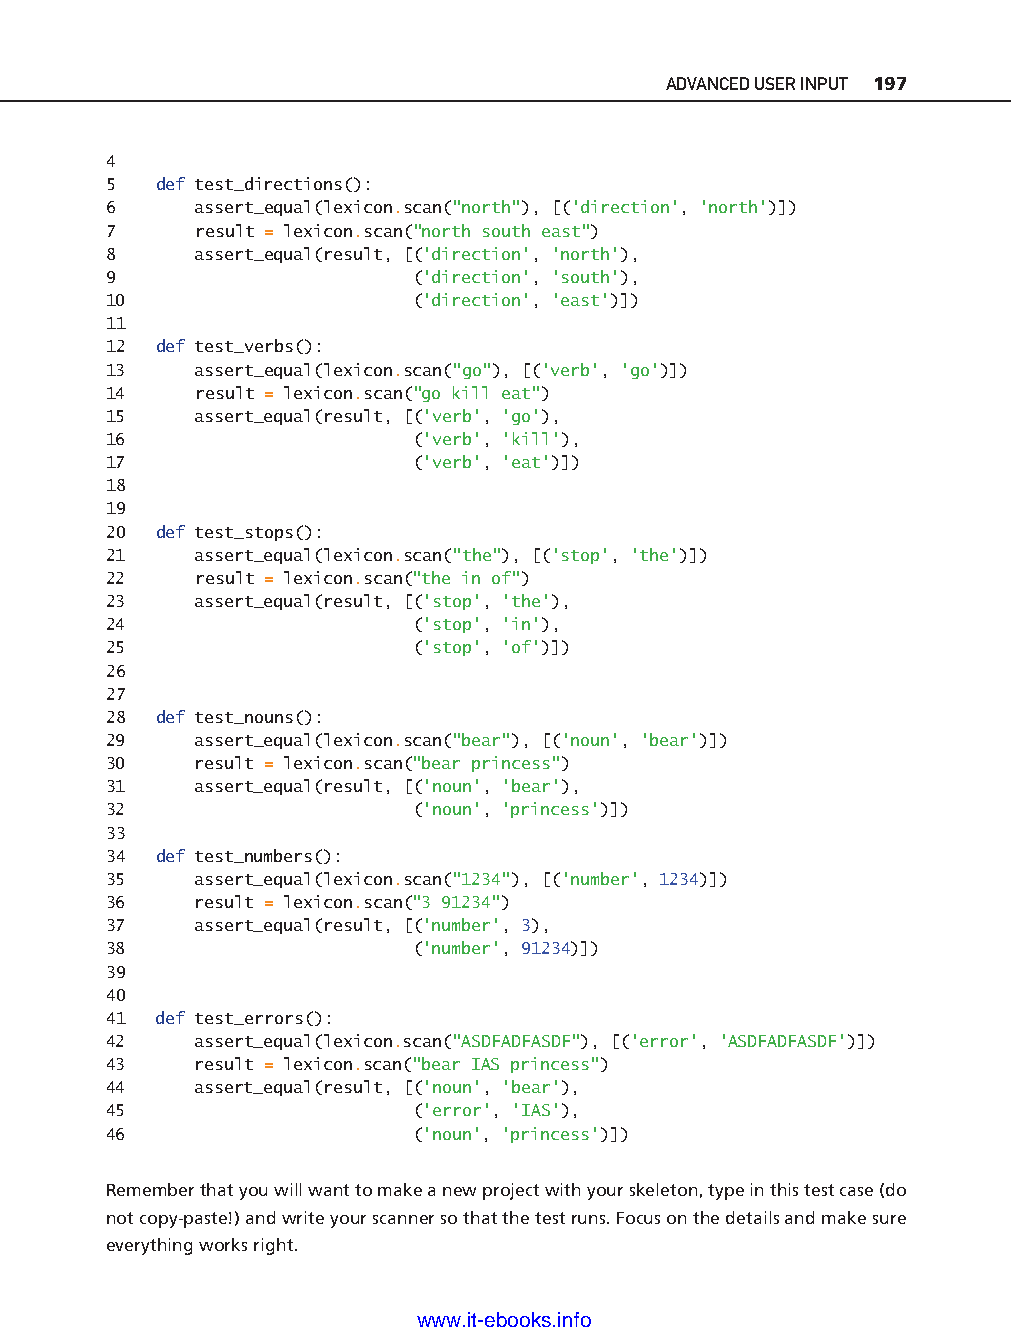
ADVANCED USER INPUT 197
 4
 5   def test_directions():
 6     assert_equal(lexicon.scan("north"), [('direction', 'north')])
 7     result = lexicon.scan("north south east")
 8     assert_equal(result, [('direction', 'north'),
 9                    ('direction', 'south'),
 10                   ('direction', 'east')])
 11
 12  def test_verbs():
 13    assert_equal(lexicon.scan("go"), [('verb', 'go')])
 14    result = lexicon.scan("go kill eat")
 15    assert_equal(result, [('verb', 'go'),
 16                   ('verb', 'kill'),
 17                   ('verb', 'eat')])
 18
 19
 20  def test_stops():
 21    assert_equal(lexicon.scan("the"), [('stop', 'the')])
 22    result = lexicon.scan("the in of")
 23    assert_equal(result, [('stop', 'the'),
 24                   ('stop', 'in'),
 25                   ('stop', 'of')])
 26
 ptg11539604
 27
 28  def test_nouns():
 29    assert_equal(lexicon.scan("bear"), [('noun', 'bear')])
 30    result = lexicon.scan("bear princess")
 31    assert_equal(result, [('noun', 'bear'),
 32                   ('noun', 'princess')])
 33
 34  def test_numbers():
 35    assert_equal(lexicon.scan("1234"), [('number', 1234)])
 36    result = lexicon.scan("3 91234")
 37    assert_equal(result, [('number', 3),
 38                   ('number', 91234)])
 39
 40
 41  def test_errors():
 42    assert_equal(lexicon.scan("ASDFADFASDF"), [('error', 'ASDFADFASDF')])
 43    result = lexicon.scan("bear IAS princess")
 44    assert_equal(result, [('noun', 'bear'),
 45                   ('error', 'IAS'),
 46                   ('noun', 'princess')])
 Remember that you will want to make a new project with your skeleton, type in this test case (do
 not copy-p aste!) and write your scanner so that the test runs. Focus on the details and make sure
 everything works right.
 www.it-ebooks.info